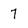
Character: 7